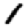
Digit: 1